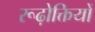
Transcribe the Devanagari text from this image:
रूढ़ोक्तियों